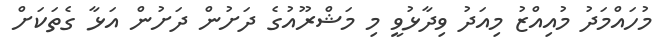
މުހައްމަދު މުއިއްޒު މިއަދު ވިދާޅުވީ މި މަޝްރޫއުގެ ދަށުން ދަށުން އަޅާ ގެތަކަށް